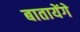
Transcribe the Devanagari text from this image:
बातायेंगे